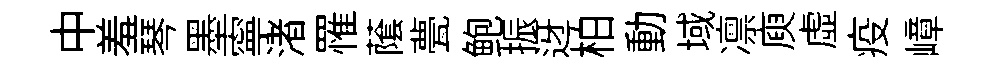
中羞琴墨寧渚罹䕃甍鲍振迓柏動域凛庾虚疫嶂